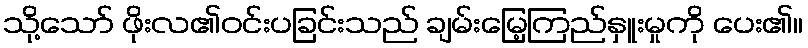
သို့သော် ဖိုးလ၏ဝင်းပခြင်းသည် ချမ်းမြေ့ကြည်နှူးမှုကို ပေး၏။